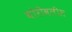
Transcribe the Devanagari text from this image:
बोरीवलीस